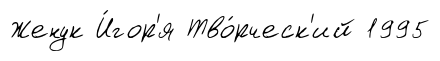
Женук И́гор'я Тво́рческ'ий 1995